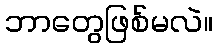
ဘာတွေဖြစ်မလဲ။